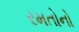
રમતોનો